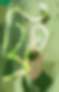
ফ্রি